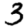
Digit: 3